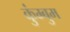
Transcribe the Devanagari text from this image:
कुंम्बुम